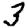
Digit: 3